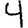
Digit: 4